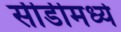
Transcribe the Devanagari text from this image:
सीडीमध्ये